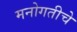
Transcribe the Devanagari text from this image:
मनोगतीचे